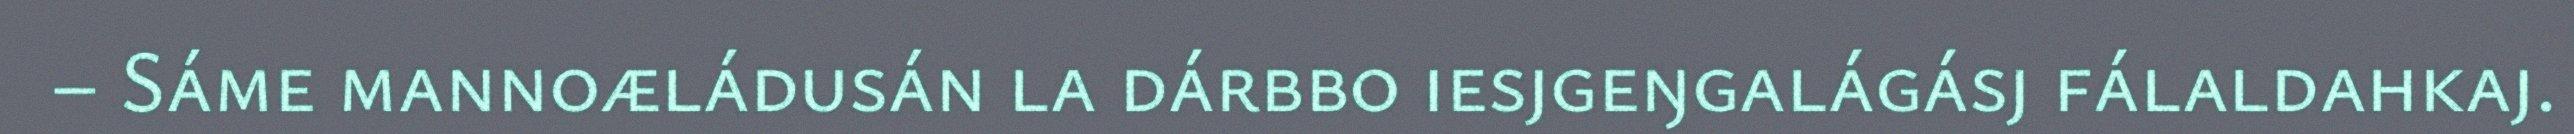
– Sáme mannoæládusán la dárbbo iesjgeŋgalágásj fálaldahkaj.